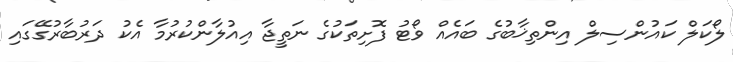
ލޯކަލް ކައުންސިލް އިންތިޚާބުގެ ބައެއް ވޯޓު ފޮށިތަކުގެ ނަތީޖާ އިއުލާންކުރުމާ އެކު ދަރުބާރުގޭގައި